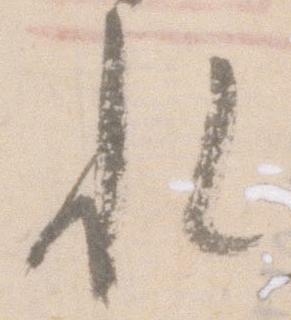
れ